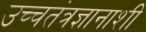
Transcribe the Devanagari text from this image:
उच्चतंत्रज्ञानाशी